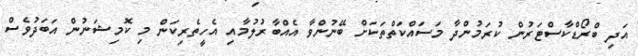
އަދި ބްރޯޑްކާސްޓަރުން ކުރަމުންދާ މަސައްކަތްތަކަށް ބޭނުންވާ އެއްބާރުލުމާއި އެހީތެރިކަން މި ކޮމިޝަނުން އަބަދުވެސް